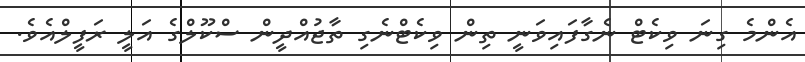
އެންމެ ގިނަ ވިކެޓް ނެގާފައިވަނީ ތިން ވިކެޓްނެގި ތާޖުއްދީން ސްކޫލްގެ އަލީ ރަފީލްއެވެ.